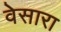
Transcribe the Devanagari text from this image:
वेसारा